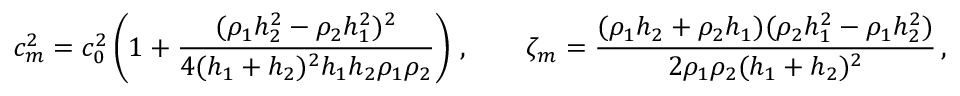
c _ { m } ^ { 2 } = c _ { 0 } ^ { 2 } \left( 1 + { \frac { ( \rho _ { 1 } h _ { 2 } ^ { 2 } - \rho _ { 2 } h _ { 1 } ^ { 2 } ) ^ { 2 } } { 4 ( h _ { 1 } + h _ { 2 } ) ^ { 2 } h _ { 1 } h _ { 2 } \rho _ { 1 } \rho _ { 2 } } } \right) \, , \qquad \zeta _ { m } = { \frac { ( \rho _ { 1 } h _ { 2 } + \rho _ { 2 } h _ { 1 } ) ( \rho _ { 2 } h _ { 1 } ^ { 2 } - \rho _ { 1 } h _ { 2 } ^ { 2 } ) } { 2 \rho _ { 1 } \rho _ { 2 } ( h _ { 1 } + h _ { 2 } ) ^ { 2 } } } \, ,